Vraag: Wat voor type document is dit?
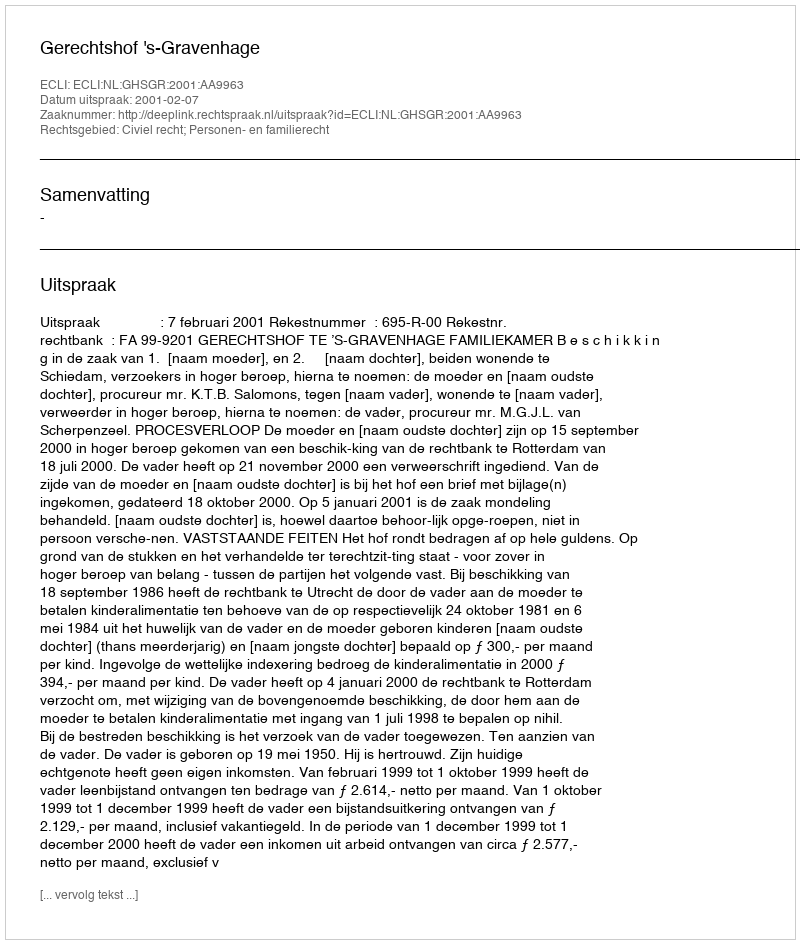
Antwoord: Uitspraak